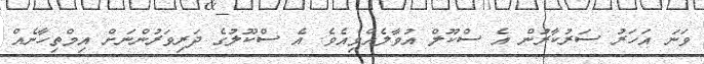
ވަނަ އަހަރު ސަރުކާރުން އެ ސްކޫލް އުވާލެއްވިއެވެ. އެ ސްކޫލުގެ ދަރިވަރުންނަށް އިމްތިހާނެއް